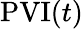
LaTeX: \mathrm{PVI}(t)